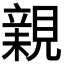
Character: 𧡿